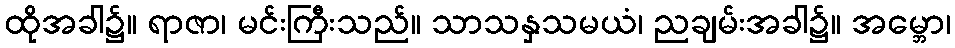
ထိုအခါ၌။ ရာဇာ၊ မင်းကြီးသည်။ သာသနှသမယံ၊ ညချမ်းအခါ၌။ အမ္ဘော၊